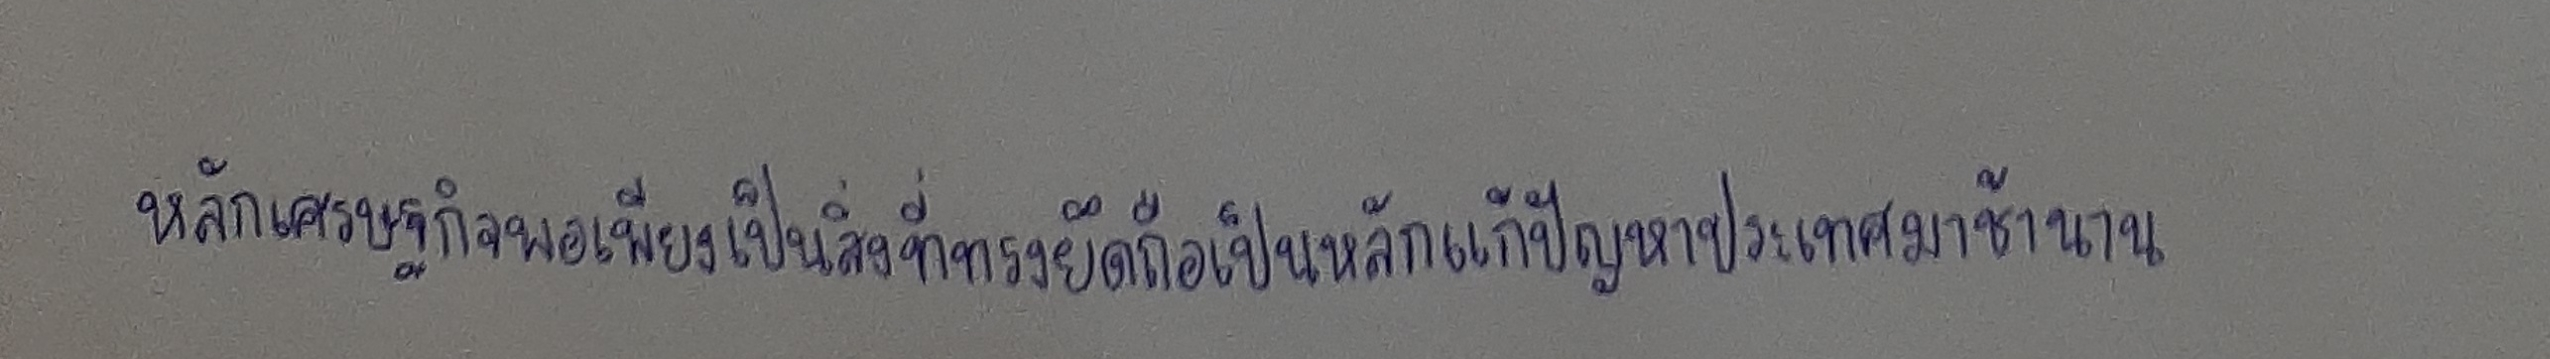
หลักเศรษฐกิจพอเพียงเป็นสิ่งที่ทรงยึดถือเป็นหลักแก้ปัญหาประเทศมาช้านาน